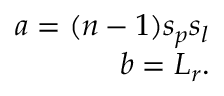
\begin{array} { r } { a = ( n - 1 ) s _ { p } s _ { l } } \\ { b = L _ { r } . } \end{array}